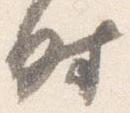
時